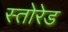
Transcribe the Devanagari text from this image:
स्तोरेड